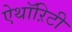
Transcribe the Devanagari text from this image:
ऐथॉऱिटी